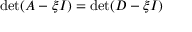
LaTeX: \operatorname* { d e t } ( A - \xi I ) = \operatorname* { d e t } ( D - \xi I )